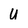
Character: U